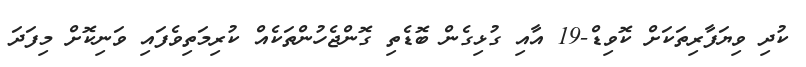
ކުދި ވިޔަފާރިތަކަށް ކޮވިޑް-19 އާއި ގުޅިގެން ބޮޑެތި ގޮންޖެހުންތަކެއް ކުރިމަތިވެފައި ވަނިކޮށް މިފަދަ